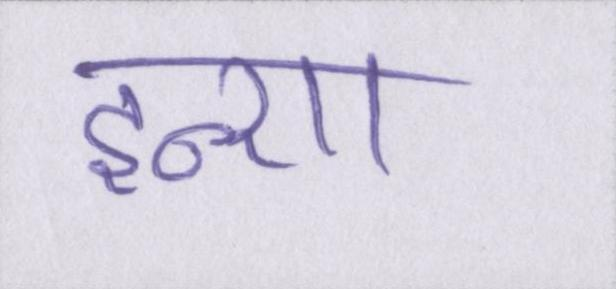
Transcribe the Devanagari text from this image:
इन्शा